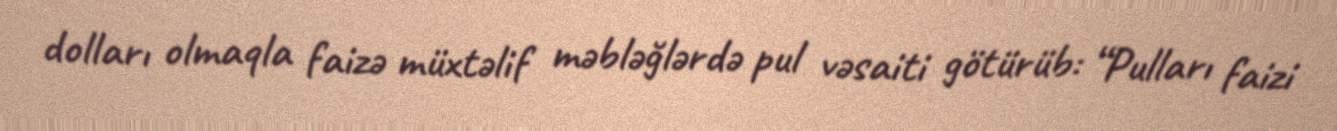
dolları olmaqla faizə müxtəlif məbləğlərdə pul vəsaiti götürüb: “Pulları faizi